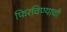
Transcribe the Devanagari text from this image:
फिरविण्याची